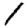
Digit: 1